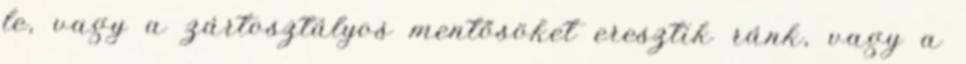
le, vagy a zártosztályos mentősöket eresztik ránk, vagy a